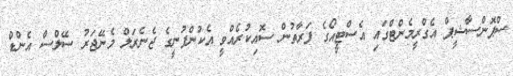
ސްޕޮންސާޝީޕް އެގްރީމެންޓްގައި އެސްޓީއޯގެ ފަރާތުން ސޮއިކުރެއްވީ އެކުންފުނީގެ ޖެނެރަލް މެނޭޖަރު ސޭލްސް އެންޑް